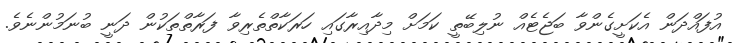
އުފައްދަން އެކަށީގެންވާ ބަޖެޓެއް ނުލިބޭތީ ކަމަށް މިދާއިރާގައި ހަރަކާތްތެރިވާ ފަރާތްތަކުން ދަނީ ބުނަމުންނެވެ.